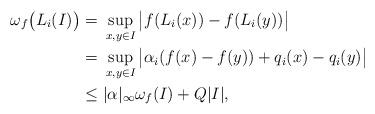
LaTeX: \begin{align*}\omega_f \big(L_i(I)\big) =&~ \sup_{x,y \in I} \big|f(L_i(x))-f(L_i(y))\big|\\= &~ \sup_{x,y \in I} \big|\alpha_i (f(x)-f(y))+ q_i(x)-q_i(y)\big|\\\le & ~|\alpha|_\infty \omega_f(I) + Q|I|,\end{align*}